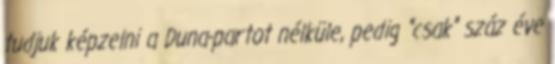
tudjuk képzelni a Duna-partot nélküle, pedig "csak" száz éve